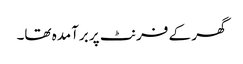
گھر کے فرنٹ پر برآمدہ تھا۔